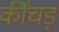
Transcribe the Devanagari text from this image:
कींचड़